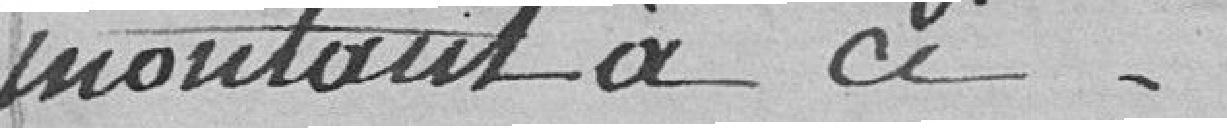
montant à ci.....................................;36.291--- 81